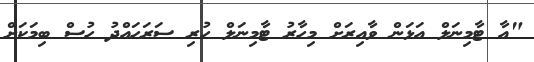
"އާ ޓާމިނަލް އަޅަން ވާއިރަށް މިހާރު ޓާމިނަލް ހުރި ސަރަހައްދު ހުސް ބިމަކަށް